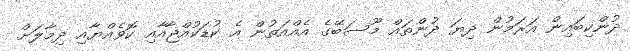
ދުންކިބައިން އަރަމުން ދިޔަ ދުންތައް މޫސަބޭގެ އެއްއަތުން އެ ކުޑަކުއްޖާއާއި ކޮވެއްޔާއި ދިމާލަށް